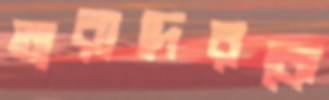
তারাদেরকে